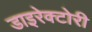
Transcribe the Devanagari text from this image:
डाइरेक्टोरी